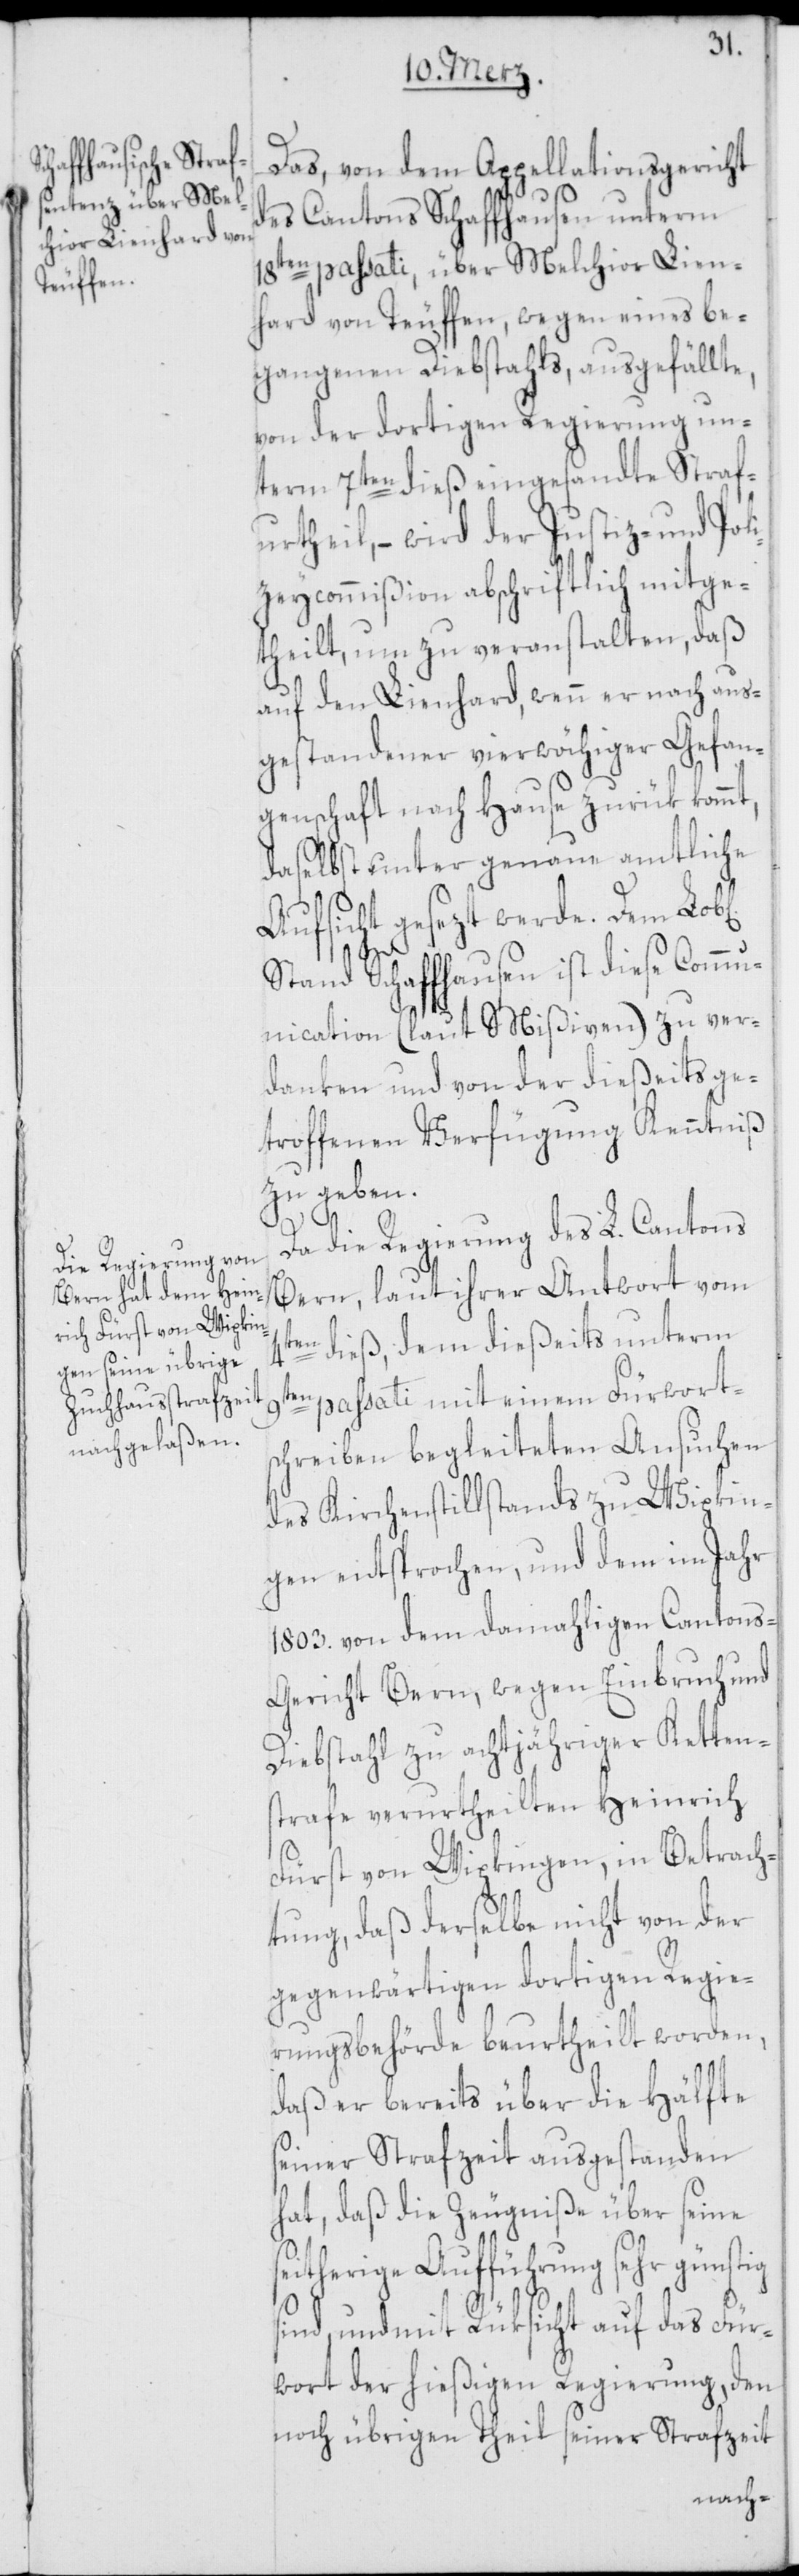
Das, von dem Appellationsgericht
des Cantons Schaffhausen unterm
18ten passati, über Melchior Lien¬
hard von Teuffen, wegen eines be¬
gangenen Diebstahls, ausgefällte,
von der dortigen Regierung un¬
term 7ten dieß eingesandte Straf¬
urtheil, – wird der Justiz- und Poli¬
zeycommißion abschriftlich mitge¬
theilt, um zu veranstalten, daß
auf den Lienhard, wenn er nach aus¬
gestandener vierwöchiger Gefan¬
genschaft nach Hause zurük kommt,
daselbst unter genaue amtliche
Aufsicht gesezt werde. Dem Lob[l¬
ichen]
Stand Schaffhausen ist diese Commu¬
nication (laut Mißiven) zu ver¬
danken und von der dießeits ge¬
troffenen Verfügung Kenntniß
zu geben.
s¬
Da die Regierung des L. Cantons
Bern, laut ihrer Antwort vom
4ten dieß, dem dießeits unterm
passati mit einem Fürwort¬
schreiben begleiteten Ansuchen
des Kirchenstillstands zu Wipkin¬
gen entsprochen, und dem im Jahr
1803. von dem damahligen Cantons-G¬
ericht Bern, wegen Einbruch und
Diebstahl zu achtjähriger Ketten¬
strafe verurtheilten Heinrich
Fürst von Wipkingen, in Betrach¬
tung, daß derselbe nicht von der
gegenwärtigen dortigen Regie¬
rungsbehörde beurtheilt worden,
daß er bereits über die Hälfte
seiner Strafzeit ausgestanden
hat, daß die Zeugniße über seine
eitherige Aufführung sehr günstig
sind, und mit Rüksicht auf das Für¬
wort der hießigen Regierung, den
noch übrigen Theil seiner Strafzeit